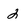
Character: 2